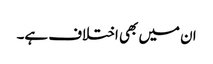
ان میں بھی اختلاف ہے۔